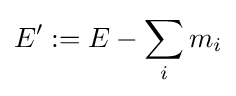
E':=E-\sum _{i}m_{i}